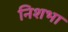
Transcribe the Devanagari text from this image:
निशभा